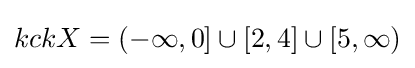
kckX=(-\infty ,0]\cup [2,4]\cup [5,\infty )